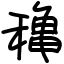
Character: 穐